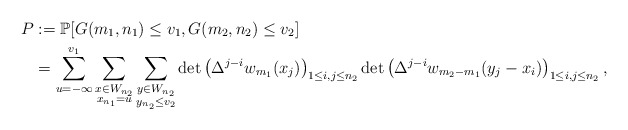
\begin{align*}P&:=\mathbb{P}[G(m_1,n_1)\le v_1, G(m_2,n_2)\le v_2]\\&=\sum\limits_{u=-\infty}^{v_1}\sum\limits_{\substack{x\in W_{n_2}\\x_{n_1}=u}}\sum\limits_{\substack{y\in W_{n_2}\\y_{n_2}\le v_2}}\det\left(\Delta^{j-i} w_{m_1}(x_j)\right)_{1\le i,j\le n_2}\det \left(\Delta^{j-i} w_{m_2-m_1}(y_j-x_i)\right)_{1\le i,j\le n_2},\end{align*}